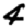
Digit: 4